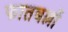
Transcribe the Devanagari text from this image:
फातबल्लों